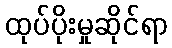
ထုပ်ပိုးမှုဆိုင်ရာ